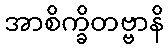
အာစိက္ခိတဗ္ဗာနိ